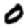
Digit: 0